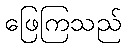
ဖြေကြသည်